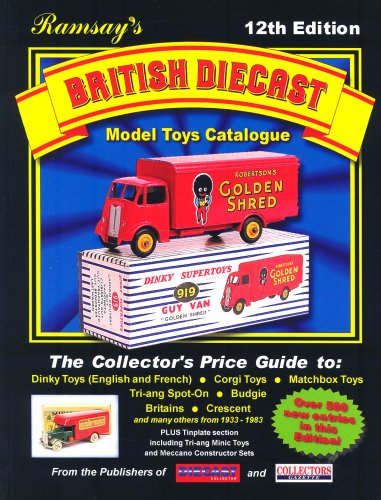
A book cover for Ramsay's British Diecast Model Toys Catalogue; Crafts, Hobbies & Home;